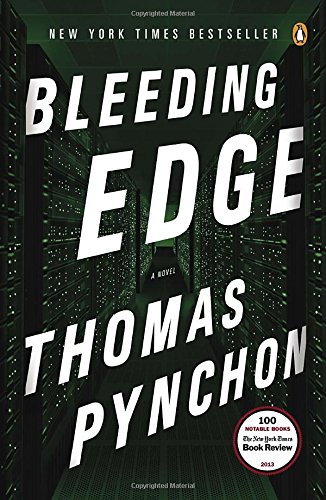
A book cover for Bleeding Edge: A Novel; Thomas Pynchon; Literature & Fiction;